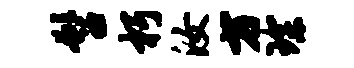
髫朽汝方琛